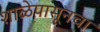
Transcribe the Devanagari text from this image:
शाळेपासूनचा